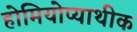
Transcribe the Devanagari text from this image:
होमियोप्याथीक